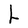
Character: h